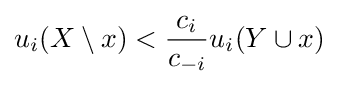
u_{i}(X\setminus x)<{c_{i} \over c_{-i}}u_{i}(Y\cup x)